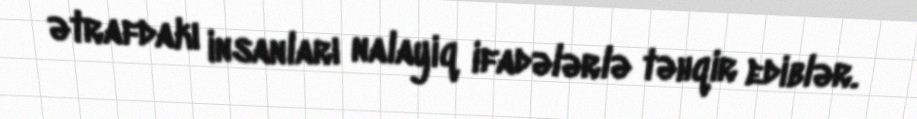
ətrafdakı insanları nalayiq ifadələrlə təhqir ediblər.